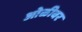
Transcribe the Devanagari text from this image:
ओळीवर